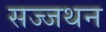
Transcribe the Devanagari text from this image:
सज्जथन